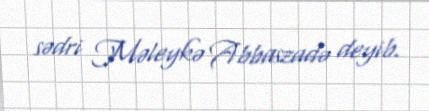
sədri Məleykə Abbaszadə deyib.